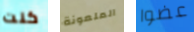
كنت الملعونة عضوا